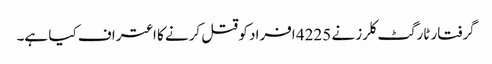
گرفتار ٹارگٹ کلرز نے 4225 افراد کو قتل کرنے کا اعتراف کیا ہے۔